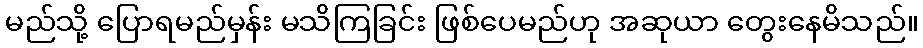
မည်သို့ ပြောရမည်မှန်း မသိကြခြင်း ဖြစ်ပေမည်ဟု အဆုယာ တွေးနေမိသည်။